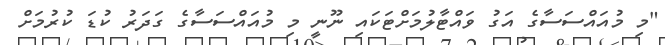
"މި މުއައްސަސާގެ އަގު ވައްޓާލުމަށްޓަކައި ނޫނީ މި މުއައްސަސާގެ ގަދަރު ކުޑަ ކުރުމަށް